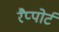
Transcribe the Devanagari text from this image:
रैप्पोर्ट